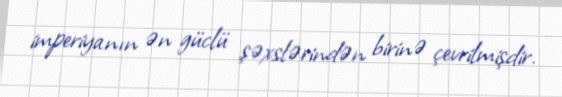
imperiyanın ən güclü şəxslərindən birinə çevrilmişdir.